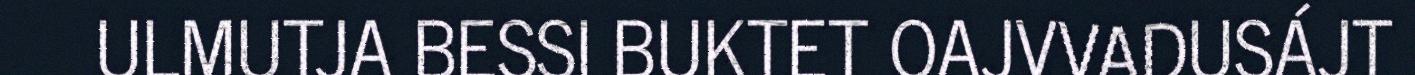
ULMUTJA BESSI BUKTET OAJVVADUSÁJT